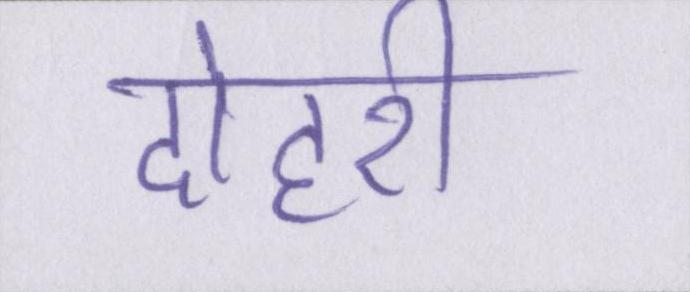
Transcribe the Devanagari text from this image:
दोहरी